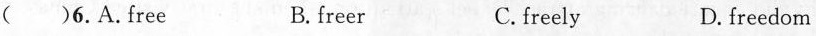
( )6.A.free B. freer C.freely D. freedom